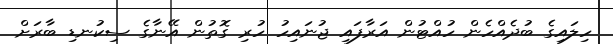
ހިލައިގެ ބުދެއްހެން ހުއްޓުން އަރާފައި ޖުނައިހު ހުރި ގޮތުން އޭނާގެ ސިކުނޑި ބާރަށް